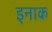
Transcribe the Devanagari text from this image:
इनाक